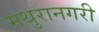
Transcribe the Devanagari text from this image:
मथुरानगरी